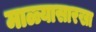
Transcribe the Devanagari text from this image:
माळ्यासारखा